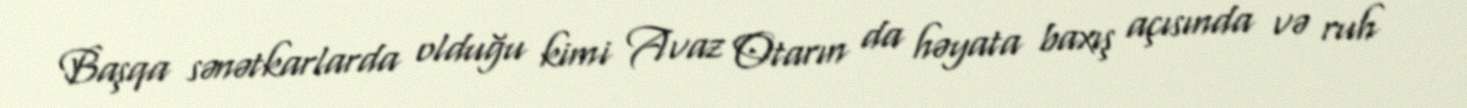
Başqa sənətkarlarda olduğu kimi Avaz Otarın da həyata baxış açısında və ruh